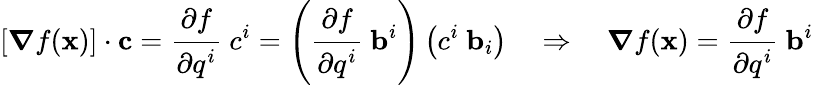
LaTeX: [{\boldsymbol{\nabla}}f(\mathbf{x})]\cdot\mathbf{c}={\cfrac{\partial f}{\partial q^{i}}}~c^{i}=\left({\cfrac{\partial f}{\partial q^{i}}}~\mathbf{b}^{i}\right)\left(c^{i}~\mathbf{b}_{i}\right)\quad\Rightarrow\quad{\boldsymbol{\nabla}}f(\mathbf{x})={\cfrac{\partial f}{\partial q^{i}}}~\mathbf{b}^{i}